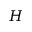
H